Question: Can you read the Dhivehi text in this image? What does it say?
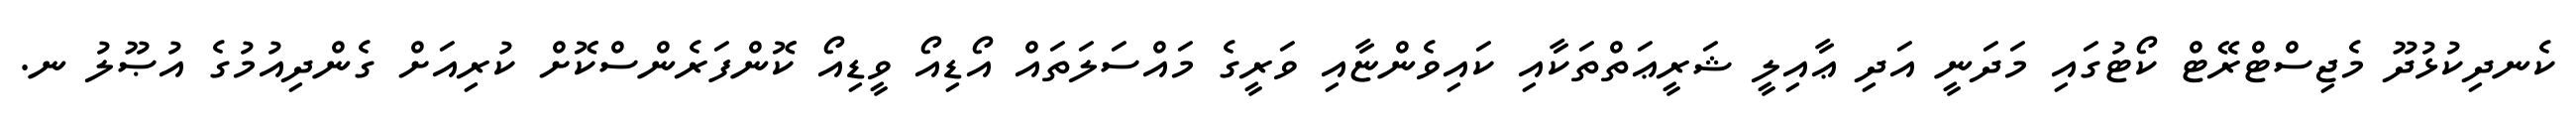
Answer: ކެނދިކުޅުދޫ މެޖިސްޓްރޭޓް ކޯޓުގައި މަދަނީ އަދި ޢާއިލީ ޝަރީޢަތްތަކާއި ކައިވެންޏާއި ވަރީގެ މައްސަލަތައް އޯޑިއޯ ވީޑިއޯ ކޮންފަރެންސްކޮށް ކުރިއަށް ގެންދިއުމުގެ އުޞޫލު ނ.